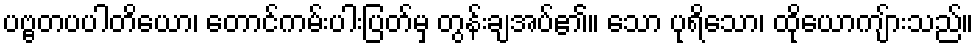
ပဗ္ဗတပပါတိယော၊ တောင်ကမ်းပါးပြတ်မှ တွန်းချအပ်၏။ သော ပုရိသော၊ ထိုယောကျ်ားသည်။